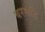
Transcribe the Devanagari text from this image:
बरसंहि